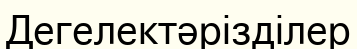
Дегелектәрізділер